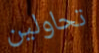
تحاولين